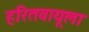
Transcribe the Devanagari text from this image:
हरितवायूला